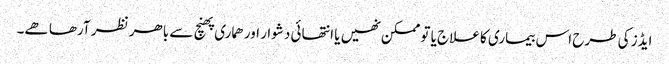
ایڈز کی طرح اس بیماری کا علاج یا تو ممکن نھیں یا انتھائی دشوار اور ھماری پھنچ سے باھر نظر آرھا ھے۔